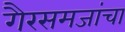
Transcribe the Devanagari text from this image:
गैरसमजांचा